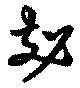
剋